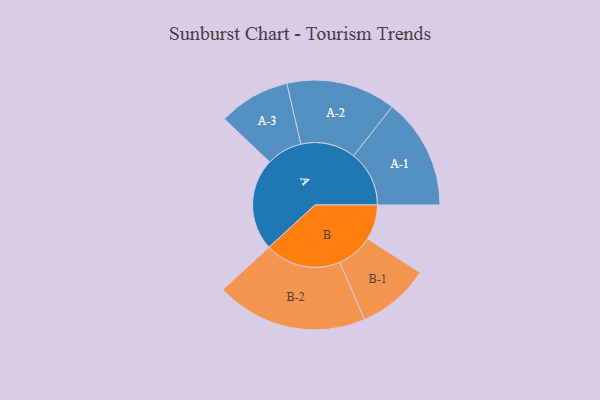
{"axis": {"x": "Segment", "y": "Value"}, "legend": ["", "A", "B"], "data": [{"x": "A", "y": 363, "type": ""}, {"x": "B", "y": 138, "type": ""}, {"x": "A-1", "y": 219, "type": "A"}, {"x": "A-2", "y": 216, "type": "A"}, {"x": "A-3", "y": 141, "type": "A"}, {"x": "B-1", "y": 143, "type": "B"}, {"x": "B-2", "y": 299, "type": "B"}]}